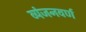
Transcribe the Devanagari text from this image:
व्यंजनवर्ण